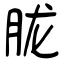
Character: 胧